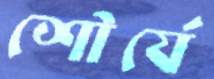
শৌর্যে